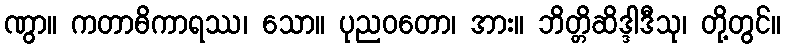
ဏွာ။ ကတာဓိကာရဿ၊ သော။ ပုညဝတော၊ အား။ ဘိတ္တိဆိဒ္ဒါဒီသု၊ တို့တွင်။